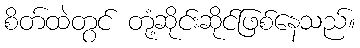
စိတ်ထဲတွင် တုံ့ဆိုင်းဆိုင်ဖြစ်နေသည်။